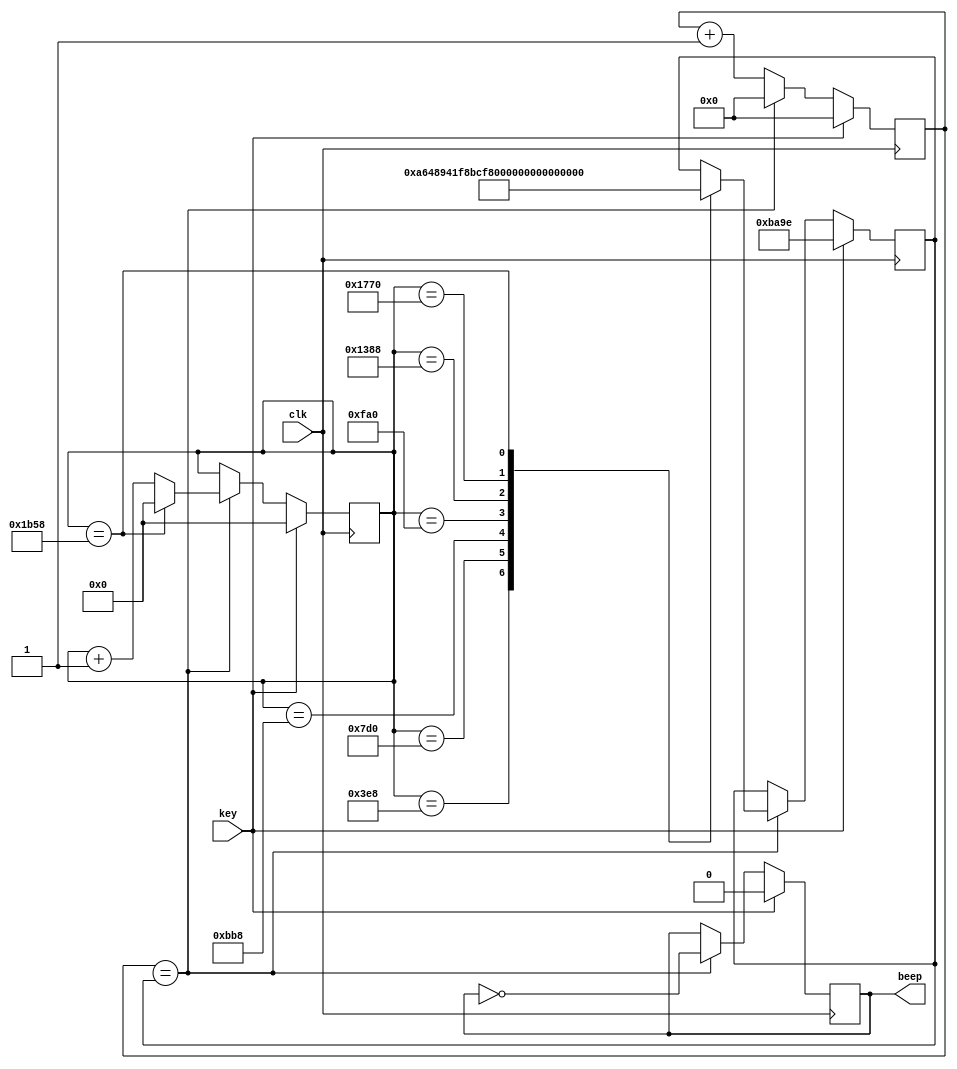
//////////////////////////////////////////////////////////////////////////////////
// Company: 
// Engineer: 
// 
// Design Name: 
// Module Name: top_key_beep
// Project Name: 
// Target Devices: 
// Tool Versions: 
// Description: 
// 
// Dependencies: 
// 
// Revision:
// Revision 0.01 - File Created
// Additional Comments:
// 
//////////////////////////////////////////////////////////////////////////////////


module Bpmusic(
input key,
input clk,
output reg beep
);
/*parameter do = 47774;
parameter ri = 42568;
parameter mi = 37919;
parameter fa = 35791;
parameter so = 31888;
parameter la = 28410;
parameter xi = 25309;*/
reg [15:0] cnt;
reg [15:0] prediv;
reg [12:0] delay;

initial begin
cnt = 16'd0;
prediv = 16'hBA9E;
delay = 13'd0;
end

always @(posedge clk) begin
if (key == 1'b1) begin
	beep <= 1'b0;
	delay <= 13'd0;
	cnt <= 16'd0;
	prediv <= 16'hBA9E;
end
else begin
	cnt <= cnt + 1'b1;
	if (cnt == prediv) begin
		beep <= ~beep;
		cnt <= 0;
		delay <= delay +1'b1;
		case(delay)
			13'd1000:prediv <= 16'hA648;
			13'd2000:prediv <= 16'h941F;
			13'd3000:prediv <= 16'h8BCF;
			13'd4000:prediv <= 16'h7C90;
			13'd5000:prediv <= 16'h6EFA;
			13'd6000:prediv <= 16'h62DD;
			13'd7000:begin
				prediv <= 16'hBA9E;
				delay <= 13'd0;
				end
			default : prediv <= prediv;
			endcase
	end
end 
end
endmodule